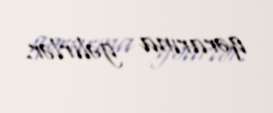
qərarına gəlirlər.